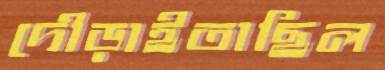
দৌড়াইতাছিল